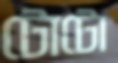
টোটো